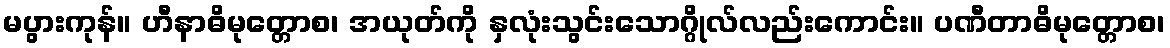
မပွားကုန်။ ဟီနာဓိမုတ္တောစ၊ အယုတ်ကို နှလုံးသွင်းသောဂ္ဂိုလ်လည်းကောင်း။ ပဏီတာဓိမုတ္တောစ၊